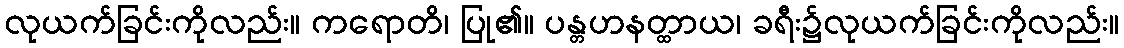
လုယက်ခြင်းကိုလည်း။ ကရောတိ၊ ပြု၏။ ပန္တဟနတ္ထာယ၊ ခရီး၌လုယက်ခြင်းကိုလည်း။